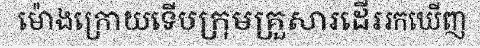
ម៉ោងក្រោយទើបក្រុមគ្រួសារដើររកឃើញ